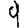
Digit: 9